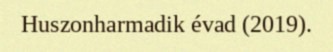
Huszonharmadik évad (2019).